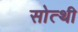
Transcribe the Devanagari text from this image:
सोत्थी